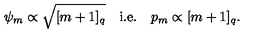
{ \psi } _ { m } \propto \sqrt { [ m + 1 ] _ { q } } \mathrm { \quad i . e . \quad } p _ { m } \propto [ m + 1 ] _ { q } .